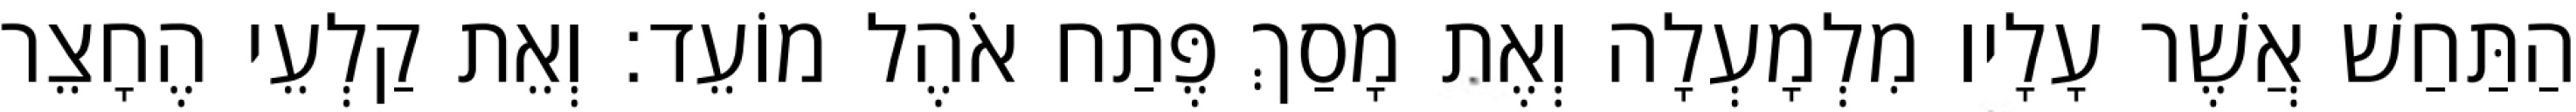
הַתַּחַשׁ אֲשֶׁר עָלָיו מִלְמָעְלָה וְאֶת מָסַךְ פֶּתַח אֹהֶל מוֹעֵד׃ וְאֵת קַלְעֵי הֶחָצֵר